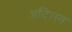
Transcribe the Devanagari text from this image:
अदित्तन